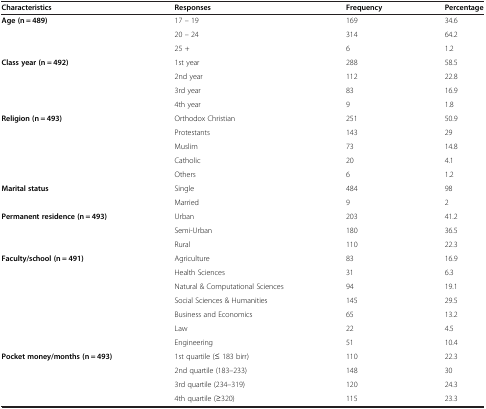
<table><thead><tr><td><b>Characteristics</b></td><td><b>Responses</b></td><td><b>Frequency</b></td><td><b>Percentage</b></td></tr></thead><tbody><tr><td rowspan="3"><b>Age (n = 489)</b></td><td>17 – 19</td><td>169</td><td>34.6</td></tr><tr><td>20 – 24</td><td>314</td><td>64.2</td></tr><tr><td>25 +</td><td>6</td><td>1.2</td></tr><tr><td rowspan="4"><b>Class year (n = 492)</b></td><td>1st year</td><td>288</td><td>58.5</td></tr><tr><td>2nd year</td><td>112</td><td>22.8</td></tr><tr><td>3rd year</td><td>83</td><td>16.9</td></tr><tr><td>4th year</td><td>9</td><td>1.8</td></tr><tr><td rowspan="5"><b>Religion (n = 493)</b></td><td>Orthodox Christian</td><td>251</td><td>50.9</td></tr><tr><td>Protestants</td><td>143</td><td>29</td></tr><tr><td>Muslim</td><td>73</td><td>14.8</td></tr><tr><td>Catholic</td><td>20</td><td>4.1</td></tr><tr><td>Others</td><td>6</td><td>1.2</td></tr><tr><td rowspan="2"><b>Marital status</b></td><td>Single</td><td>484</td><td>98</td></tr><tr><td>Married</td><td>9</td><td>2</td></tr><tr><td rowspan="3"><b>Permanent residence (n = 493)</b></td><td>Urban</td><td>203</td><td>41.2</td></tr><tr><td>Semi-Urban</td><td>180</td><td>36.5</td></tr><tr><td>Rural</td><td>110</td><td>22.3</td></tr><tr><td rowspan="7"><b>Faculty/school (n = 491)</b></td><td>Agriculture</td><td>83</td><td>16.9</td></tr><tr><td>Health Sciences</td><td>31</td><td>6.3</td></tr><tr><td>Natural &amp; Computational Sciences</td><td>94</td><td>19.1</td></tr><tr><td>Social Sciences &amp; Humanities</td><td>145</td><td>29.5</td></tr><tr><td>Business and Economics</td><td>65</td><td>13.2</td></tr><tr><td>Law</td><td>22</td><td>4.5</td></tr><tr><td>Engineering</td><td>51</td><td>10.4</td></tr><tr><td rowspan="3"><b>Pocket money/months (n = 493)</b></td><td>1st quartile (≤ 183 birr)</td><td>110</td><td>22.3</td></tr><tr><td>2nd quartile (183–233)</td><td>148</td><td>30</td></tr><tr><td>3rd quartile (234–319)</td><td>120</td><td>24.3</td></tr><tr><td> </td><td>4th quartile (≥320)</td><td>115</td><td>23.3</td></tr></tbody></table>